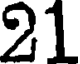
21